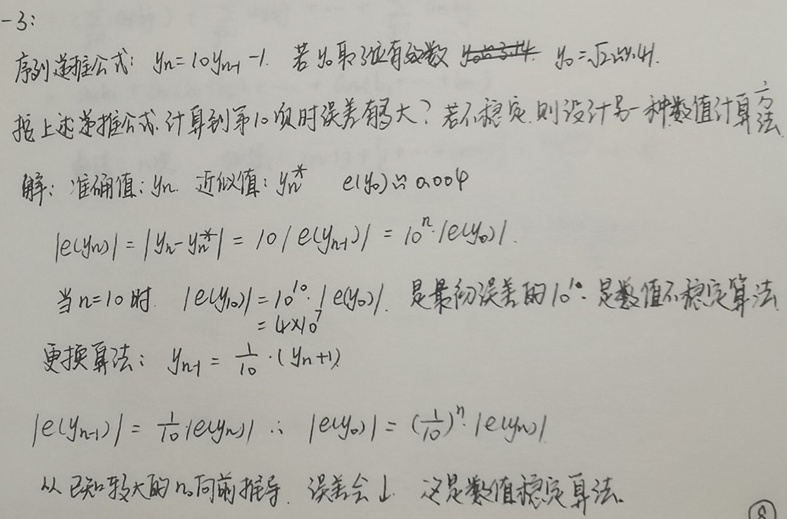
序列递推公式：\(y_n = 10y_{n - 1}\)，若\(y_0\)取近似有效数 \(y_0\approx\sqrt{2}\approx1.414\)。据上述递推公式，计算到第\(10\)项时误差有多大？若不稳定，则设计另一种数值计算法。

解：准确值：\(y_n\)，近似值：\(y_n^{*}\)，\(e(y_0)\approx 0.0004\)。

\[
\begin{align*}
|e(y_n)|&=|y_n - y_n^{*}| = 10|e(y_{n - 1})| = 10^{n}|e(y_0)|\\
\text{当}n = 10\text{时}，|e(y_{10})|&=10^{10}|e(y_0)| \text{，是最初误差的}10^{10}\text{倍，是数值不稳定算法}\\
&= 4\times10^{6}
\end{align*}
\]

更换算法：\(y_{n - 1}=\frac{1}{10}\cdot(y_n + 1)\)

\[
\begin{align*}
|e(y_{n - 1})|&=\frac{1}{10}|e(y_n)| \therefore |e(y_0)| = (\frac{1}{10})^{n}|e(y_n)|
\end{align*}
\]

从已知较大的 \(n\) 向前推导，误差会减小，这是数值稳定算法。